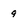
Character: 9